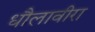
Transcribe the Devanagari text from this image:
धौलावीरा